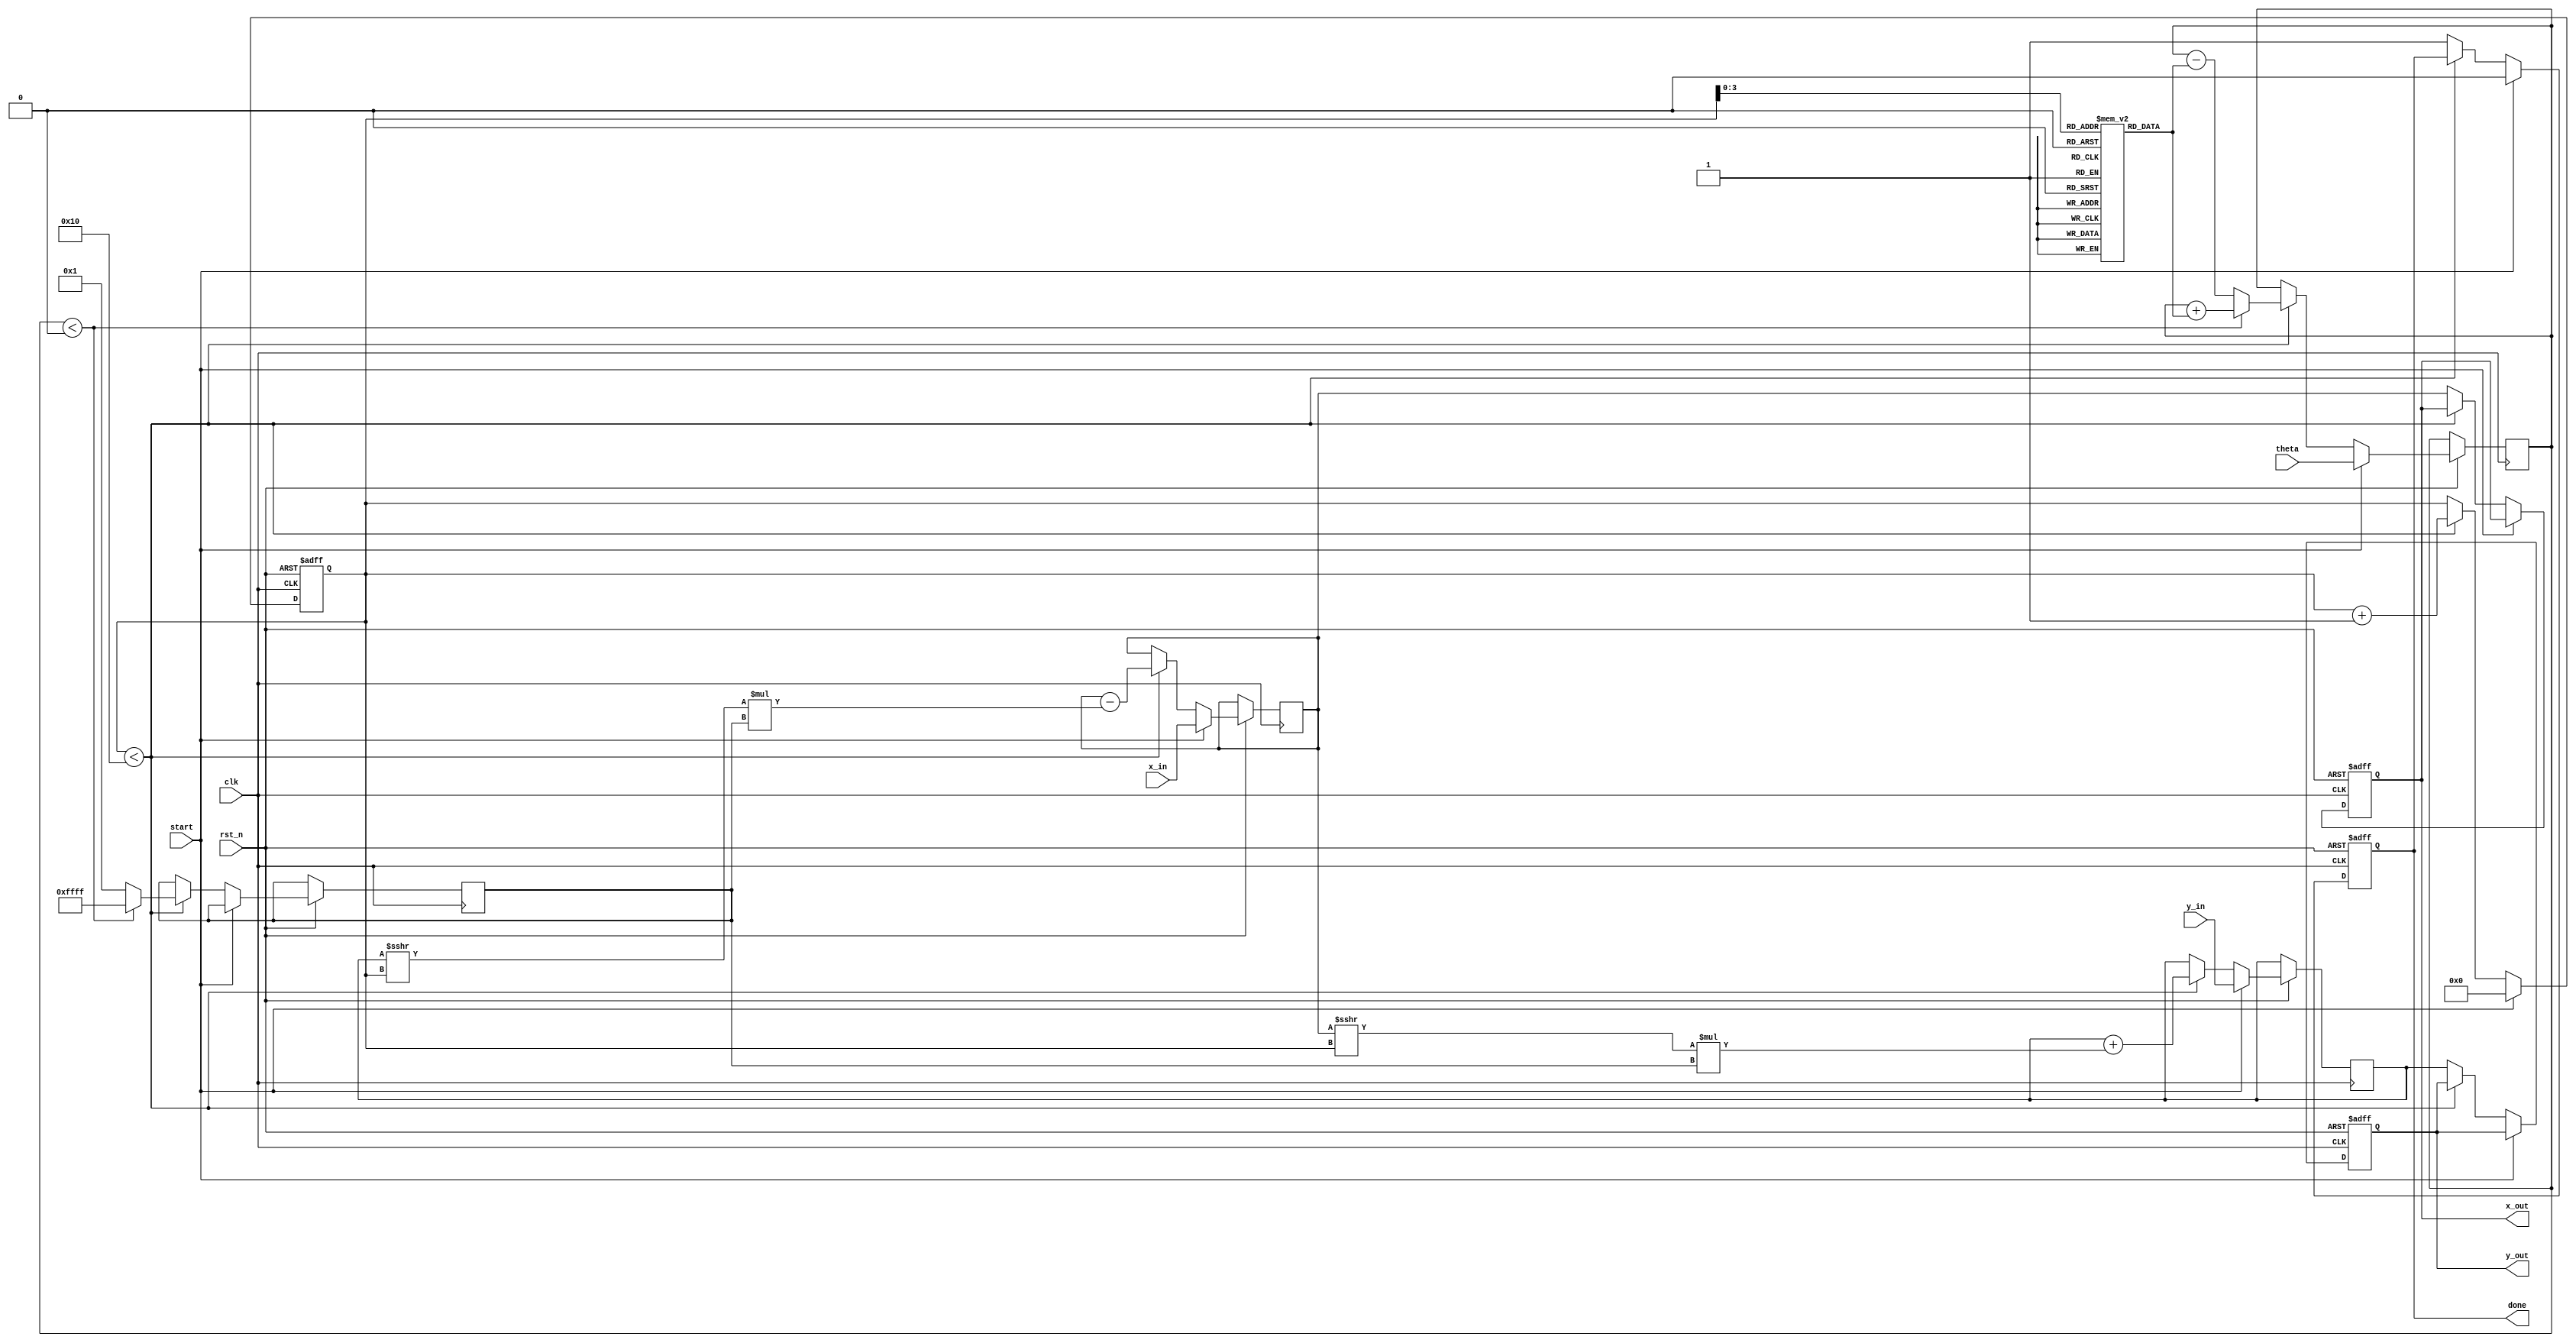
module cordic #(
    parameter DATA_WIDTH = 16, // Width of the input data
    parameter N_ITERATIONS = 16 // Number of iterations for precision
)(
    input wire clk,
    input wire rst_n,
    input wire start,
    input wire signed [DATA_WIDTH-1:0] theta, // Input angle in radians (fixed-point)
    input wire signed [DATA_WIDTH-1:0] x_in,   // Initial x vector
    input wire signed [DATA_WIDTH-1:0] y_in,   // Initial y vector
    output reg signed [DATA_WIDTH-1:0] x_out,  // Output x vector
    output reg signed [DATA_WIDTH-1:0] y_out,  // Output y vector
    output reg done // Signal to indicate completion
);

    // CORDIC constants (arctan(2^-i) * 2^DATA_WIDTH)
    reg signed [DATA_WIDTH-1:0] atan_table [0:N_ITERATIONS-1];
    initial begin
        atan_table[0] = 16'h2000; // atan(1) = pi/4 * 2^15
        atan_table[1] = 16'h1333; // atan(0.5) * 2^15
        atan_table[2] = 16'h0A3D; // atan(0.25) * 2^15
        atan_table[3] = 16'h0524; // atan(0.125) * 2^15
        // ... Fill in the table for all iterations ...
        // atan_table[4] = ...
        // ...
    end

    reg [4:0] iteration; // Iteration counter
    reg signed [DATA_WIDTH-1:0] x_reg, y_reg, theta_reg; // Registers for x, y, theta
    reg signed [DATA_WIDTH-1:0] sigma; // Direction of rotation

    // State machine for CORDIC operation
    always @(posedge clk or negedge rst_n) begin
        if (!rst_n) begin
            iteration <= 0;
            done <= 0;
            x_out <= 0;
            y_out <= 0;
        end else if (start) begin
            // Initialize registers
            x_reg <= x_in;
            y_reg <= y_in;
            theta_reg <= theta;
            iteration <= 0;
            done <= 0;
        end else if (iteration < N_ITERATIONS) begin
            // Determine the direction of rotation
            if (theta_reg < 0) begin
                sigma <= -1; // Clockwise
                theta_reg <= theta_reg + atan_table[iteration]; // Update theta
            end else begin
                sigma <= 1; // Counter-clockwise
                theta_reg <= theta_reg - atan_table[iteration]; // Update theta
            end

            // Perform rotation
            x_reg <= x_reg - (y_reg >>> iteration) * sigma;
            y_reg <= y_reg + (x_reg >>> iteration) * sigma;

            // Increment iteration counter
            iteration <= iteration + 1;
        end else begin
            // Final output after all iterations
            x_out <= x_reg;
            y_out <= y_reg;
            done <= 1; // Signal completion
        end
    end
endmodule